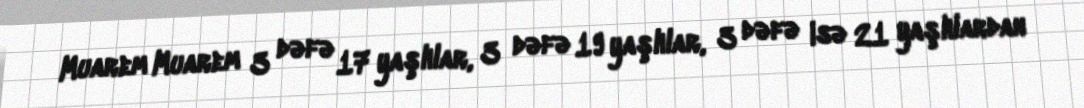
Muarem Muarem 3 dəfə 17 yaşlılar, 3 dəfə 19 yaşlılar, 3 dəfə isə 21 yaşlılardan